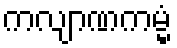
ကလျာဏကမ္မံ